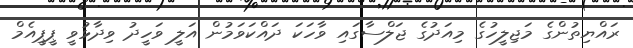
ރައްޔިތުންގެ މަޖިލީހުގެ މިއަދުގެ ޖަލްސާގައި ވާހަކަ ދައްކަވަމުން އަލީ ވަހީދު ވިދާޅުވީ ޕީޕީއެމް